Vaccination in the Punjab 1905-1918 - 1905-1918
Year: 1905
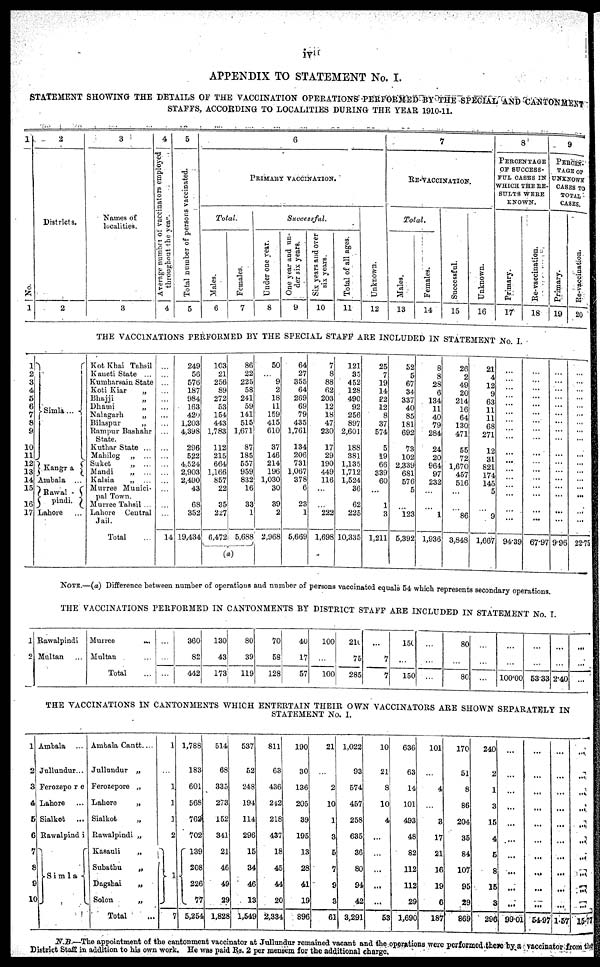
iv
APPENDIX TO STATEMENT No. I.
STATEMENT SHOWING THE DETAILS OF THE VACCINATION OPERATIONS PERFORMED-BY THE SPECIAL AND CANTONMENT
STAFFS, ACCORDING TO LOCALITIES DURING THE YEAR 1910-11.
1
No.
1
2
Districts.
2
3
Names of
localities.
3
4
Average Number of vaccinators employed
throughout the year.
4
5
Total number of persons vaccinated.
5
6
PRIMARY VACCINATION.
Total.
Males.
6
Females.
7
Successful.
Under one year.
8
One y e a r a n d un-
der six years.
9
Six years and over
six years.
10
Total of all ages.
11
Unknown.
12
7
RE-VACCINATION.
Total.
Males.
13
Females.
14
Successful.
15
Unknown.
16
8
PERCENTAGE OF SUCCESS¬
FUL CASES IN
WHICH THE RE¬
SULTS WERE
KNOWN.
Primary.
17
Re-vaccination.
18
9
PERCEN¬
TAGE OF
UNKNOWN
CASES TO
TOTAL
CASES.
Primary.
19
Re-vaccination.
20
THE VACCINATIONS PERFORMED BY THE SPECIAL STAFF ARE INCLUDED IN STATEMENT No. I.
1
2
3
4
5
6
7
8
9
10
11
12
13
14
15
16
17
Simla ...
Kangra ...
Ambala ...
Rawal¬
pindi.
Lahore
Kot Khai Tahsil
Kaneti State ...
Kumharsain State
Koti Kiar
„
Bhajji „
Dhami
„
Nalagarh
„
Bilaspur
„
Rampur Bashahr
State.
Kuthar State ...
Mahilog „ ...
Suket
„ ...
Mandi
„ ...
Kalsia
„ ...
Murree Munici-
pal Town.
Murree Tahsil ...
Lahore Central
Jail.
Total
...
...
...
...
...
...
...
...
...
...
...
...
...
...
...
...
14
249
56
576
187
984
163
420
1,203
4,398
296
522
4,524
2,903
2,490
43
68
352
19,434
103
21
256
89
272
53
154
443
1,783
112
215
664
1,166
857
22
35
227
6,472
86
22
225
58
241
59
141
515
1,671
87
185
557
959
832
16
33
1
5,688
(a)
50
...
9
2
18
11
159
415
610
37
146
214
196
1,030
30
39
2
2,968
64
27
355
64
269
69
79
435
1,761
134
206
731
1,067
378
6
23
1
5,669
7
8
88
62
203
12
18
47
230
17
29
190
449
116
...
...
222
1,698
121
35
452
128
490
92
256
897
2,601
188
381
1,135
1,712
1,524
36
62
225
10,335
25
7
19
14
22
12
8
37
574
5
19
66
339
60
...
1
3
1,211
52
5
67
34
337
40
85
181
692
73
102
2,339
681
576
5
...
123
5,392
8
8
28
6
134
11
40
79
284
24
20
964
97
232
...
...
1
1,936
26
2
49
20
214
16
64
130
471
55
72
1,670
457
516
...
...
86
3,848
21
4
12
9
63
11
11
68
271
12
31
821
174
145
5
...
9
1,667
...
...
...
...
...
...
...
...
...
...
...
...
...
...
...
...
...
94.39
...
...
...
...
...
...
...
...
...
...
...
...
...
...
...
...
...
67.97
...
...
...
...
...
...
...
...
...
...
...
...
...
...
...
...
9.96
...
...
...
...
...
...
...
...
...
...
...
...
...
...
...
...
22.75
NOTE—(a) Difference between number of operations and number
ber of persons vaccinated equals 54 which represents secondary operations.
THE VACCINATIONS PERFORMED IN CANTONMENTS BY DISTRICT STAFF ARE INCLUDED IN STATEMENT No. I.
1
2
Rawalpindi ...
Multan ...
Murree
...
Multan ...
Total ...
...
...
...
360
82
442
130
43
173
80
39
119
70
58
128
40
17
57
100
...
100
210
75
285
...
7
7
150
...
150
...
...
...
80
...
80
...
...
...
...
...
100.00
...
...
53.33
...
...
2.40
...
...
...
THE VACCINATIONS IN CANTONMENTS WHICH ENTERTAIN THEIR OWN VACCINATORS ARE SHOWN SFPARATELY IN
STATEMENT NO.I
1
2
3
4
5
6
7
8
9
10
Ambala ...
Jullundur...
Ferozepore ...
Lahore ...
Sialkot
...
Rawalpindi
Simla
Ambala Cantt. ...
Jullundur „
Ferozepore „
Lahore
„
Sialkot
„
Rawalpindi „
Kasauli
„
Subathu
„
Dagshai
„
Solon
„
Total
1
...
1
1
1
2
1
7
1,788
183
601
568
762
702
139
208
226
77
5,254
514
68
335
273
152
341
21
46
49
29
1,828
537
52
248
194
114
296
15
34
46
13
1,549
811
63
436
242
218
437
18
45
44
20
2,334
190
30
136
205
39
195
13
28
41
19
896
21
...
2
10
1
3
5
7
9
3
61
1,022
93
574
457
258
635
36
80
94
42
3,291
10
21
8
10
4
...
...
...
...
...
53
636
63
14
101
493
48
82
112
112
29
1,690
101
...
4
...
3
17
21
16
19
6
187
170
51
8
86
204
35
84
107
95
29
869
240
2
1
3
15
4
5
8
15
3
296
...
...
...
...
...
...
...
...
...
...
99.01
...
...
...
...
...
...
...
...
...
...
54.97
...
...
...
...
...
...
...
...
...
...
1.57
...
...
...
...
...
...
...
...
...
...
15.77
N.B.—The appointment of the cantonment vaccinator at Jullundur remained vacant and the operations were performed these by a vaccinator from the
District Staff in addition to his own work. He was paid Rs. 2 per mensem for the additional charge.